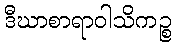
ဒီဃာစာရာဝါသိကဉ္စ